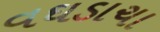
વઘડાચા